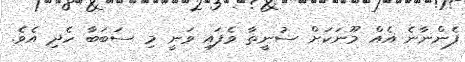
ފެންނާނެ އެއް މޫނަކަށް ސުނީތާ ވެފައި ވަނީ މި ސަބަބާ ހެދި އެވެ.